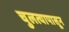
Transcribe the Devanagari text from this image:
चुलत्यापासून